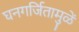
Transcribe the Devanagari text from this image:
घनगर्जितामुळें